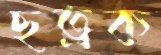
ছত্রক